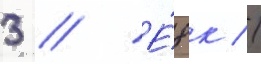
3 // Е́8к //